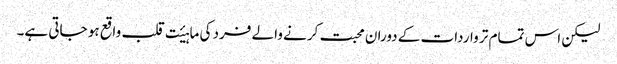
لیکن اس تمام تر واردات کے دوران محبت کرنے والے فرد کی ماہیٔت قلب واقع ہو جاتی ہے۔